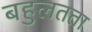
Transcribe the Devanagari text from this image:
बहुलतता